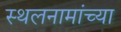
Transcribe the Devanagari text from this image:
स्थलनामांच्या